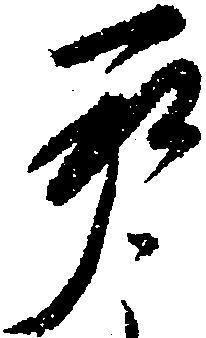
承